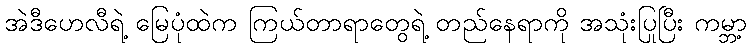
အဲဒီဟေလီရဲ့ မြေပုံထဲက ကြယ်တာရာတွေရဲ့ တည်နေရာကို အသုံးပြုပြီး ကမ္ဘာ့